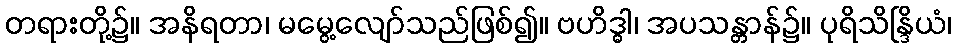
တရားတို့၌။ အနိရတာ၊ မမွေ့လျော်သည်ဖြစ်၍။ ဗဟိဒ္ဓါ၊ အပသန္တာန်၌။ ပုရိသိန္ဒြိယံ၊